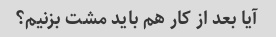
آیا بعد از کار هم باید مشت بزنیم؟